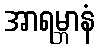
အာရမ္ဘာနံ